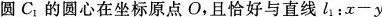
圆C的圆心在坐标原点O，且恰好与直线l1：$$x - y